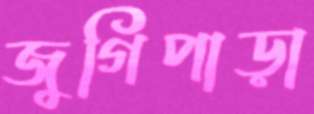
জুগিপাড়া